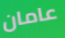
عامان